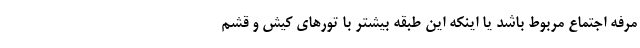
مرفه اجتماع مربوط باشد یا اینکه این طبقه بیشتر با تورهای کیش و قشم